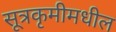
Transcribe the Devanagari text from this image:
सूत्रकृमीमधील